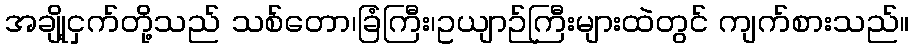
အချို့ငှက်တို့သည် သစ်တော၊ခြံကြီး၊ဥယျာဉ်ကြီးများထဲတွင် ကျက်စားသည်။